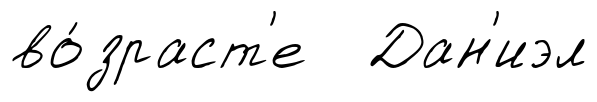
во́зраст'е Дан'иэл